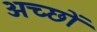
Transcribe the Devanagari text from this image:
अच्छों